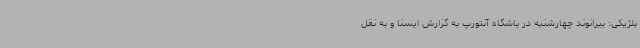
بلژیکی: بیرانوند چهارشنبه در باشگاه آنتورپ به گزارش ایسنا و به نقل